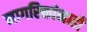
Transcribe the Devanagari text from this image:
नागरिकांनाही